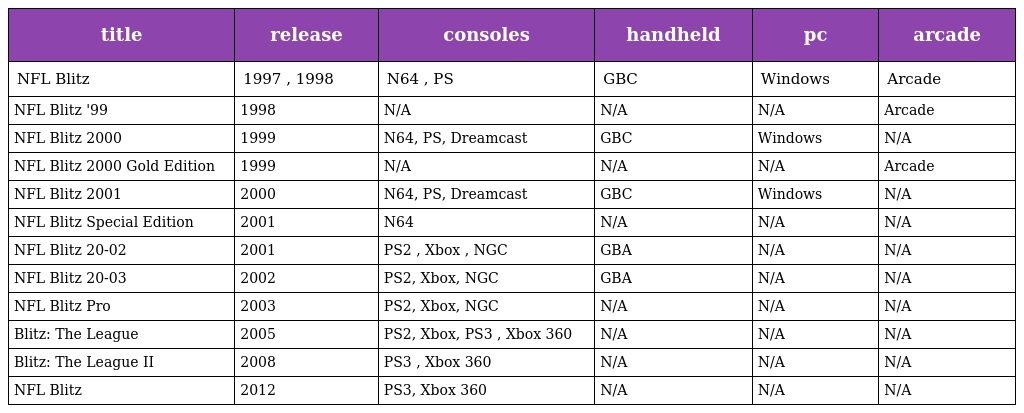
| title | release | consoles | handheld | pc | arcade |
 | --- | --- | --- | --- | --- | --- |
 | NFL Blitz | 1997 , 1998 | N64 , PS | GBC | Windows | Arcade |
 | NFL Blitz '99 | 1998 | N/A | N/A | N/A | Arcade |
 | NFL Blitz 2000 | 1999 | N64, PS, Dreamcast | GBC | Windows | N/A |
 | NFL Blitz 2000 Gold Edition | 1999 | N/A | N/A | N/A | Arcade |
 | NFL Blitz 2001 | 2000 | N64, PS, Dreamcast | GBC | Windows | N/A |
 | NFL Blitz Special Edition | 2001 | N64 | N/A | N/A | N/A |
 | NFL Blitz 20-02 | 2001 | PS2 , Xbox , NGC | GBA | N/A | N/A |
 | NFL Blitz 20-03 | 2002 | PS2, Xbox, NGC | GBA | N/A | N/A |
 | NFL Blitz Pro | 2003 | PS2, Xbox, NGC | N/A | N/A | N/A |
 | Blitz: The League | 2005 | PS2, Xbox, PS3 , Xbox 360 | N/A | N/A | N/A |
 | Blitz: The League II | 2008 | PS3 , Xbox 360 | N/A | N/A | N/A |
 | NFL Blitz | 2012 | PS3, Xbox 360 | N/A | N/A | N/A |